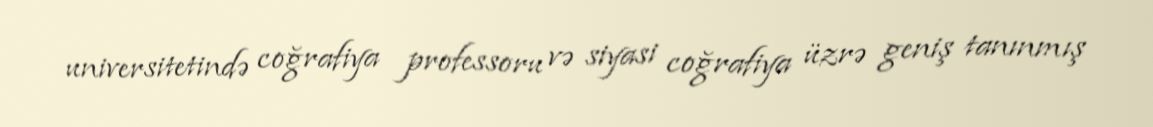
universitetində coğrafiya professoru və siyasi coğrafiya üzrə geniş tanınmış